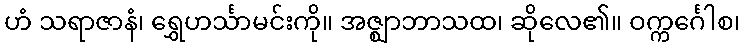
ဟံ သရာဇာနံ၊ ရွှေဟင်္သာမင်းကို။ အဇ္ဈာဘာသထ၊ ဆိုလေ၏။ ဝက္ကင်္ဂေါစ၊